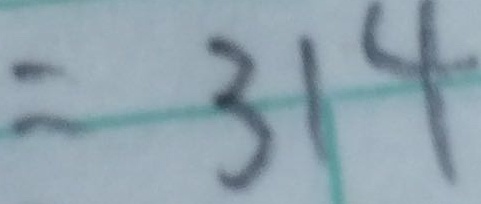
= 3 1 4